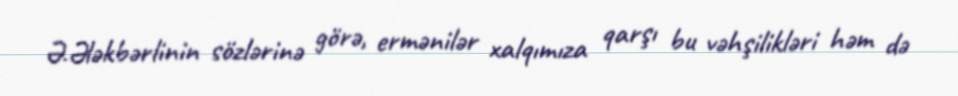
Ə.Ələkbərlinin sözlərinə görə, ermənilər xalqımıza qarşı bu vəhşilikləri həm də